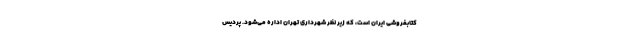
کتابفروشی ایران است، که زیر نظر شهرداری تهران اداره می‌شود. پردیس